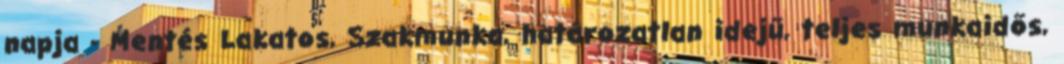
napja - Mentés Lakatos, Szakmunka, határozatlan idejű, teljes munkaidős,